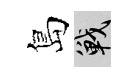
島戰